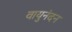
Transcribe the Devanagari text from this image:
वायुनंदन